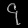
Digit: ၄